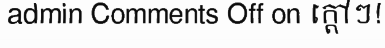
admin Comments Off on ក្តៅៗ!